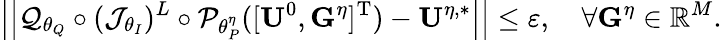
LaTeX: {\left\vert\left\vert\mathcal{Q}_{\theta_{Q}}\circ(\mathcal{J}_{\theta_{I}})^{L}\circ\mathcal{P}_{\theta_{P}^{\eta}}([\mathbf{U}^{0},\mathbf{G}^{\eta}]^{\mathrm{T}})-\mathbf{U}^{\eta,*}\right\vert\right\vert}\leq\varepsilon,\quad\forall\mathbf{G}^{\eta}\in\mathbb{R}^{M}.